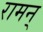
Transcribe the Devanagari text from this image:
रामन्‌